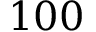
1 0 0